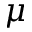
\mu